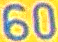
60